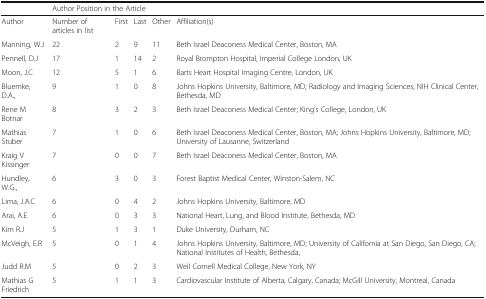
|  | <COLSPAN=4> Author Position in the Article |  |
 | --- | --- | --- | --- | --- | --- |
 | Author | Number of articles in list | First | Last | Other | Affiliation(s) |
 | Manning, W.J | 22 | 2 | 9 | 11 | Beth Israel Deaconess Medical Center, Boston, MA |
 | Pennell, D.J | 17 | 1 | 14 | 2 | Royal Brompton Hospital, Imperial College London, UK |
 | Moon, J.C | 12 | 5 | 1 | 6 | Barts Heart Hospital Imaging Centre, London, UK |
 | Bluemke, D.A., | 9 | 1 | 0 | 8 | Johns Hopkins University, Baltimore, MD; Radiology and Imaging Sciences, NIH Clinical Center, Bethesda, MD |
 | Rene M Botnar | 8 | 3 | 2 | 3 | Beth Israel Deaconess Medical Center; King’s College, London, UK |
 | Mathias Stuber | 7 | 1 | 0 | 6 | Beth Israel Deaconess Medical Center, Boston, MA; Johns Hopkins University, Baltimore, MD; University of Lausanne, Switzerland |
 | Kraig V Kissinger | 7 | 0 | 0 | 7 | Beth Israel Deaconess Medical Center, Boston, MA |
 | Hundley, W.G., | 6 | 3 | 0 | 3 | Forest Baptist Medical Center, Winston-Salem, NC |
 | Lima, J.A.C | 6 | 0 | 4 | 2 | Johns Hopkins University, Baltimore, MD |
 | Arai, A.E | 6 | 0 | 3 | 3 | National Heart, Lung, and Blood Institute, Bethesda, MD |
 | Kim R.J | 5 | 1 | 3 | 1 | Duke University, Durham, NC |
 | McVeigh, E.R | 5 | 0 | 1 | 4 | Johns Hopkins University, Baltimore, MD; University of California at San Diego, San Diego, CA; National Institutes of Health, Bethesda, |
 | Judd R.M | 5 | 0 | 2 | 3 | Weil Cornell Medical College, New York, NY |
 | Mathias G Friedrich | 5 | 1 | 1 | 3 | Cardiovascular Institute of Alberta, Calgary, Canada; McGill University, Montreal, Canada |